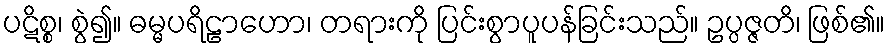
ပဋိစ္စ၊ စွဲ၍။ ဓမ္မပရိဠာဟော၊ တရားကို ပြင်းစွာပူပန်ခြင်းသည်။ ဥပ္ပဇ္ဇတိ၊ ဖြစ်၏။